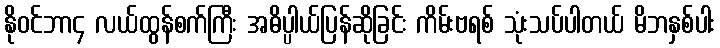
နိုဝင်ဘာ၄ လယ်ထွန်စက်ကြီး အဓိပ္ပါယ်ပြန်ဆိုခြင်း ကိမ်းဗရစ် သုံးသပ်ပါတယ် မိဘနှစ်ပါး